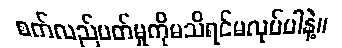
စက်လည်ပတ်မှုကိုမသိရင်မလုပ်ပါနဲ့။